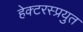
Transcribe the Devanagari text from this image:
हेक्टरस्प्रयुत